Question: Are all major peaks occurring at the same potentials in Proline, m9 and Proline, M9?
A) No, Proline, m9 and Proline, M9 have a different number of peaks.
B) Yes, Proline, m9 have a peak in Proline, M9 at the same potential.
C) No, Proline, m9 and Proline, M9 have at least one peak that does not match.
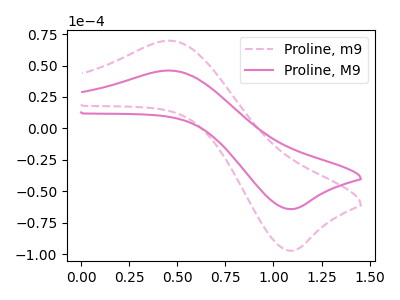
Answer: <think>The pink dashed curve "Proline, m9" has an anodic peak at (0.45V, 69.75uA) and a cathodic peak at (1.10V, -97.40uA). The pink curve "Proline, M9" has an anodic peak at (0.45V, 46.05uA) and a cathodic peak at (1.10V, -64.30uA).</think>
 <answer>B) Yes, "Proline, m9" have a peak in "Proline, M9" at the same potential.</answer>
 <eval>B</eval>